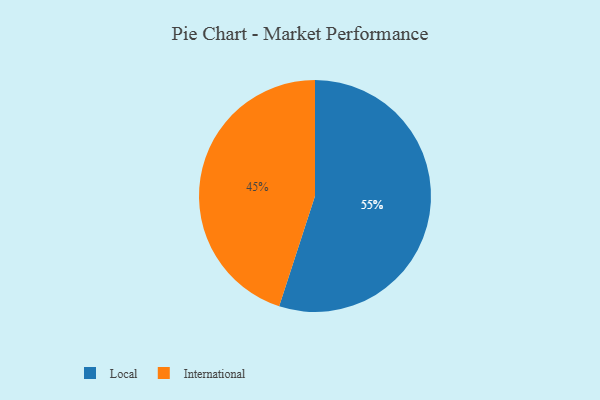
{"axis": {"x": "Category", "y": "Percentage"}, "legend": ["International", "Local"], "data": [{"x": "Local", "y": 55, "type": "Local"}, {"x": "International", "y": 45, "type": "International"}]}